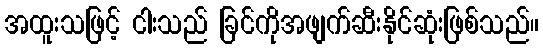
အထူးသဖြင့် ငါးသည် ခြင်ကိုအဖျက်ဆီးနိုင်ဆုံးဖြစ်သည်။